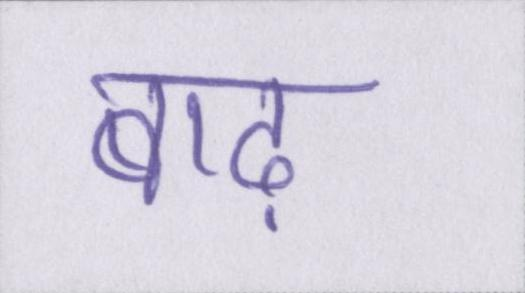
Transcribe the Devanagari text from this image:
बाढ़